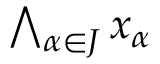
\textstyle \bigwedge _ { \alpha \in J } x _ { \alpha }